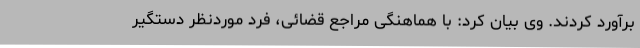
برآورد کردند. وی بیان کرد: با هماهنگی مراجع قضائی، فرد موردنظر دستگیر